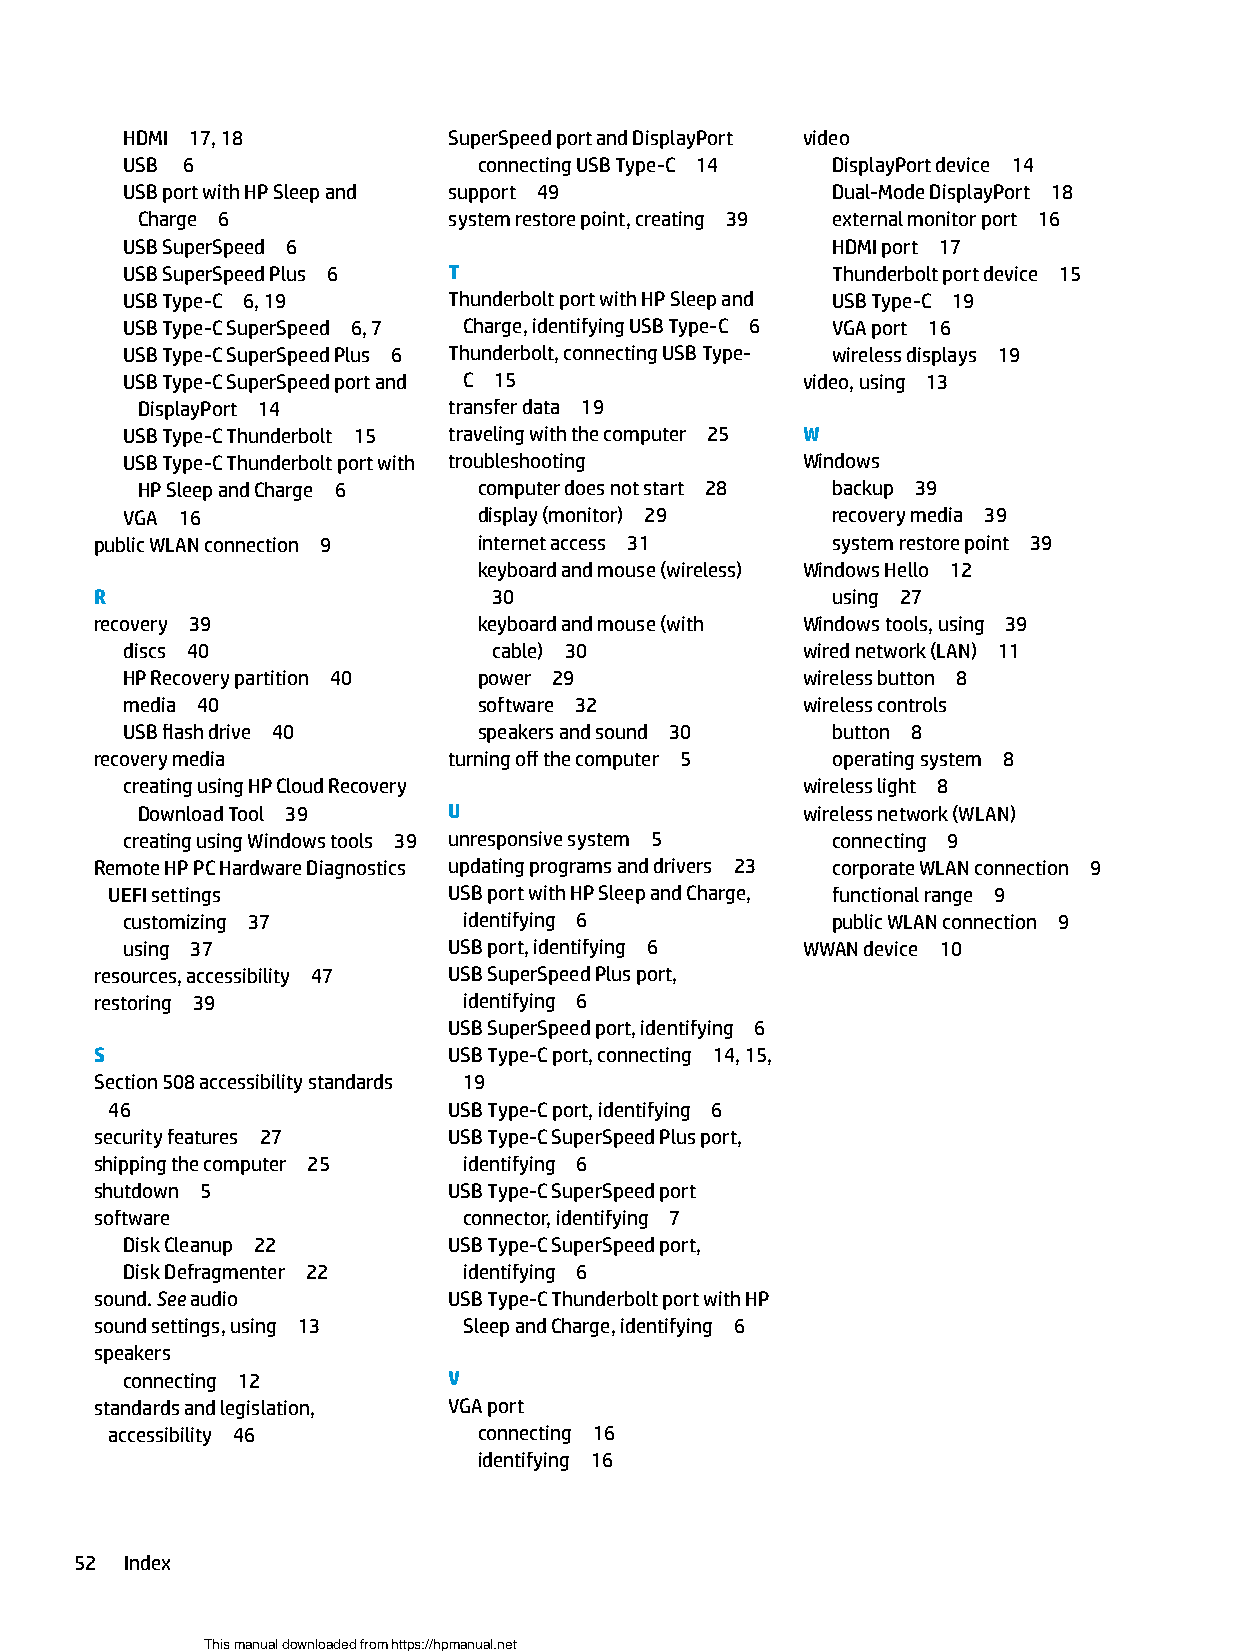
HDMI 17, 18           SuperSpeed port and DisplayPort video
 USB 6                   connecting USB Type-C 14 DisplayPort device 14
 USB port with HP Sleep and support 49          Dual-Mode DisplayPort 18
 Charge 6             system restore point, creating 39 external monitor port 16
 USB SuperSpeed 6                               HDMI port 17
 USB SuperSpeed Plus 6 T                        Thunderbolt port device 15
 USB Type-C 6, 19      Thunderbolt port with HP Sleep and USB Type-C 19
 USB Type-C SuperSpeed 6, 7 Charge, identifying USB Type-C 6 VGA port 16
 USB Type-C SuperSpeed Plus 6 Thunderbolt, connecting USB Type- wireless displays 19
 USB Type-C SuperSpeed port and C 15          video, using 13
 DisplayPort 14       transfer data 19
 USB Type-C Thunderbolt 15 traveling with the computer 25 W
 USB Type-C Thunderbolt port with troubleshooting Windows
 HP Sleep and Charge 6  computer does not start 28 backup 39
 VGA 16                  display (monitor) 29   recovery media 39
 public WLAN connection 9  internet access 31     system restore point 39
 keyboard and mouse (wireless) Windows Hello 12
 R                          30                    using 27
 recovery 39               keyboard and mouse (with Windows tools, using 39
 discs 40                 cable) 30           wired network (LAN) 11
 HP Recovery partition 40 power 29            wireless button 8
 media 40                software 32          wireless controls
 USB flash drive 40      speakers and sound 30  button 8
 recovery media          turning off the computer 5 operating system 8
 creating using HP Cloud Recovery             wireless light 8
 Download Tool 39     U                      wireless network (WLAN)
 creating using Windows tools 39 unresponsive system 5 connecting 9
 Remote HP PC Hardware Diagnostics updating programs and drivers 23 corporate WLAN connection 9
 UEFI settings          USB port with HP Sleep and Charge, functional range 9
 customizing 37         identifying 6           public WLAN connection 9
 using 37              USB port, identifying 6 WWAN device 10
 resources, accessibility 47 USB SuperSpeed Plus port,
 restoring 39             identifying 6
 USB SuperSpeed port, identifying 6
 S                       USB Type-C port, connecting 14, 15,
 Section 508 accessibility standards 19
 46                     USB Type-C port, identifying 6
 security features 27    USB Type-C SuperSpeed Plus port,
 shipping the computer 25 identifying 6
 shutdown 5              USB Type-C SuperSpeed port
 software                 connector, identifying 7
 Disk Cleanup 22       USB Type-C SuperSpeed port,
 Disk Defragmenter 22   identifying 6
 sound. See audio        USB Type-C Thunderbolt port with HP
 sound settings, using 13 Sleep and Charge, identifying 6
 speakers
 connecting 12         V
 standards and legislation, VGA port
 accessibility 46         connecting 16
 identifying 16
 52 Index
 This manual downloaded from https://hpmanual.net